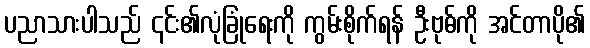
ပညာသားပါသည် ၎င်း၏လုံခြုံရေးကို ကွမ်းစိုက်ရန် ဦးဗုဓ်ကို အင်တာပို၏